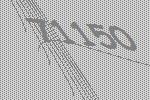
71150